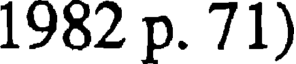
1982 p. 71)